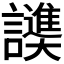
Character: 𬣓